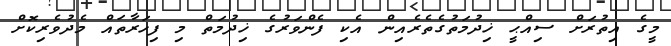
މީގެ އިތުރަށް ސިއްޙީ ޚިދުމަތުގެތެރެއިން އެކި ފެންވަރުގެ ޚިދުމަތް މި ފިހަރާތައް މެދުވެރިކޮށް